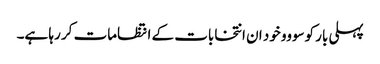
پہلی بار کوسووو خود ان انتخابات کے انتظامات کر رہا ہے۔